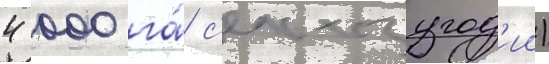
4 000 га́ с'ельхозугод'ии)